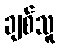
ချစ်သူ